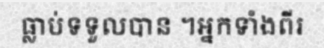
ធ្លាប់ទទួលបាន ។អ្នកទាំងពីរ